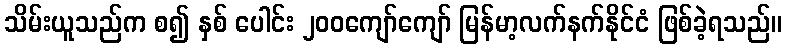
သိမ်းယူသည်က စ၍ နှစ် ပေါင်း ၂၀၀ကျော်ကျော် မြန်မာ့လက်နက်နိုင်ငံ ဖြစ်ခဲ့ရသည်။